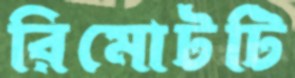
রিমোটটি